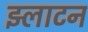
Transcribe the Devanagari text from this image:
झ्लाटन